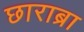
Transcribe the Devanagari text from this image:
छाराब्रा